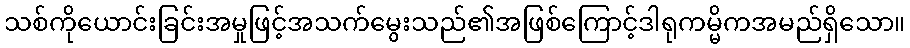
သစ်ကိုယောင်းခြင်းအမှုဖြင့်အသက်မွေးသည်၏အဖြစ်ကြောင့်ဒါရုကမ္မိကအမည်ရှိသော။